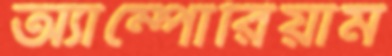
অ্যাম্পোরিয়াম